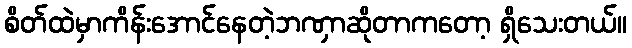
စိတ်ထဲမှာကိန်းအောင်နေတဲ့ဘဏှာဆိုတာကတော့ ရှိသေးတယ်။